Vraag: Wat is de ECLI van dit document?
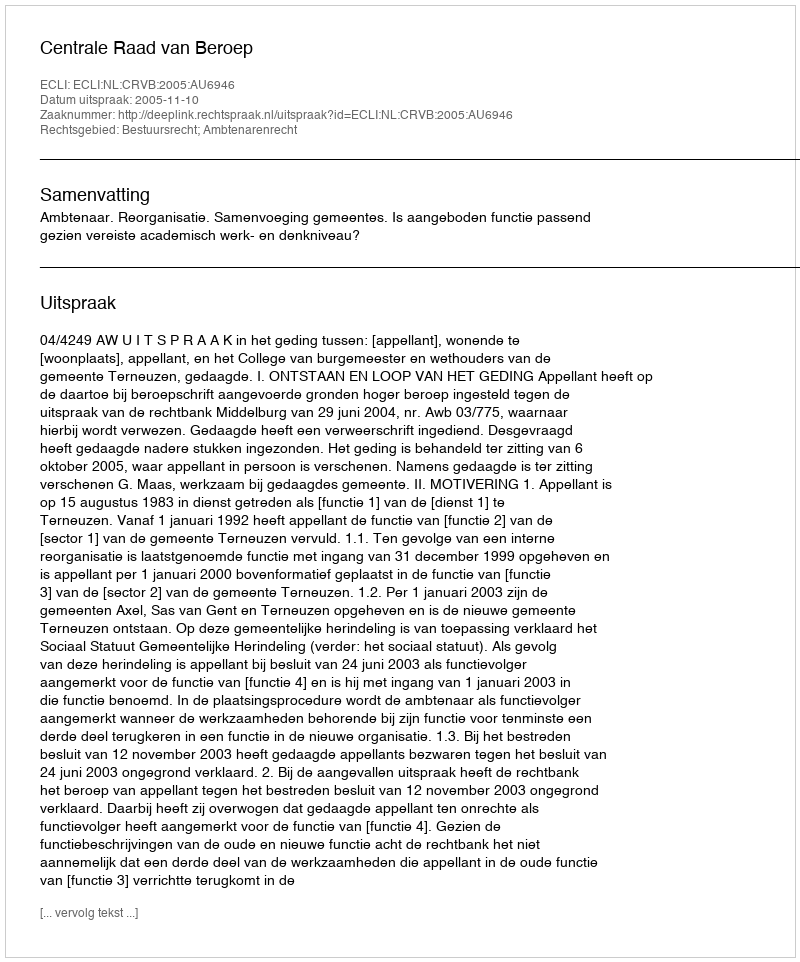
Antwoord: ECLI:NL:CRVB:2005:AU6946